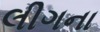
લીગના